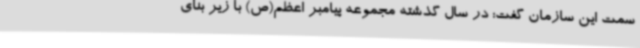
سمت این سازمان گفت: در سال گذشته مجموعه پیامبر اعظم(ص) با زیر بنای